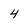
Character: 4